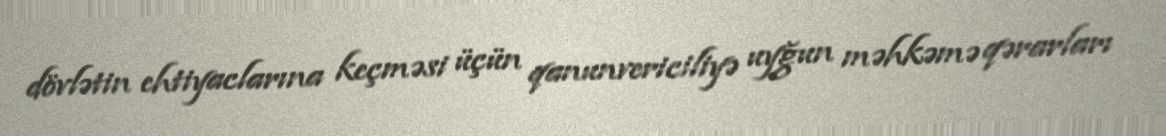
dövlətin ehtiyaclarına keçməsi üçün qanunvericiliyə uyğun məhkəmə qərarları